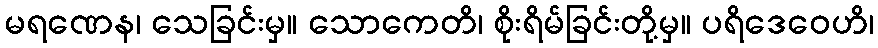
မရဏေန၊ သေခြင်းမှ။ သောကေတိ၊ စိုးရိမ်ခြင်းတို့မှ။ ပရိဒေဝေဟိ၊